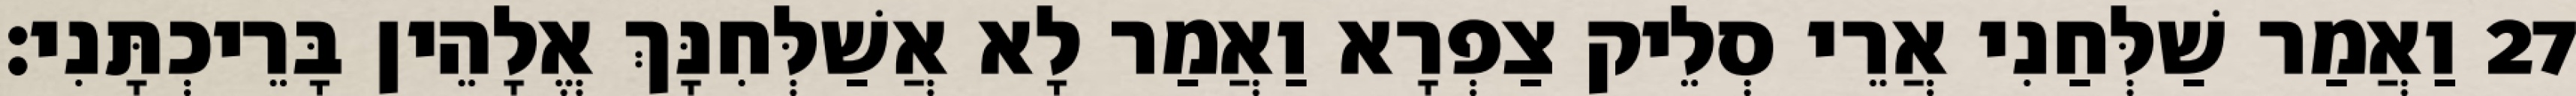
27 וַאֲמַר שַׁלְּחַנִי אֲרֵי סְלֵיק צַפְרָא וַאֲמַר לָא אֲשַׁלְּחִנָּךְ אֱלָהֵין בָּרֵיכְתָּנִי׃